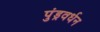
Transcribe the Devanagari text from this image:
पुंड्रवर्धन